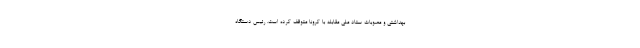
بهداشتی و مصوبات ستاد ملی مقابله با کرونا متوقف کرده است. رئیس دستگاه